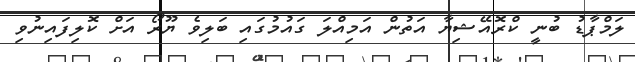
ލަމްޕާޑު ބުނީ ކްރޮއޭޝިޔާ އަތުން އަމިއްލަ ގައުމުގައި ބަލިވެ ޔޫރޯ އަށް ކޮލިފައިނުވި